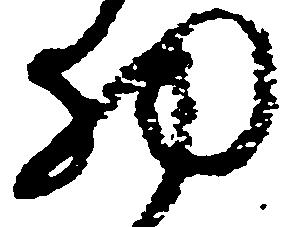
物